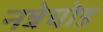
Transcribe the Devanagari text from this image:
नन्नेचोड